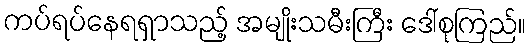
ကပ်ရပ်နေရရှာသည့် အမျိုးသမီးကြီး ဒေါ်စုကြည်။